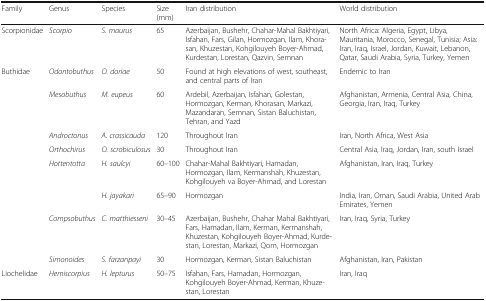
| Family | Genus | Species | Size (mm) | Iran distribution | World distribution |
 | --- | --- | --- | --- | --- | --- |
 | Scorpionidae | Scorpio | S. maurus | 65 | Azerbaijan, Bushehr, Chahar-Mahal Bakhtiyari, Isfahan, Fars, Gilan, Hormozgan, Ilam, Khorasan, Khuzestan, Kohgilouyeh Boyer-Ahmad, Kurdestan, Lorestan, Qazvin, Semnan | North Africa: Algeria, Egypt, Libya, Mauritania, Morocco, Senegal, Tunisia; Asia: Iran, Iraq, Israel, Jordan, Kuwait, Lebanon, Qatar, Saudi Arabia, Syria, Turkey, Yemen |
 | <ROWSPAN=8> Buthidae | Odontobuthus | O. doriae | 50 | Found at high elevations of west, southeast, and central parts of Iran | Endemic to Iran |
 | Mesobuthus | M. eupeus | 60 | Ardebil, Azerbaijan, Isfahan, Golestan, Hormozgan, Kerman, Khorasan, Markazi, Mazandaran, Semnan, Sistan Baluchistan, Tehran, and Yazd | Afghanistan, Armenia, Central Asia, China, Georgia, Iran, Iraq, Turkey |
 | Androctonus | A. crassicauda | 120 | Throughout Iran | Iran, North Africa, West Asia |
 | Orthochirus | O. scrobiculosus | 30 | Throughout Iran | Central Asia, Iraq, Jordan, Iran, south Israel |
 | <ROWSPAN=2> Hottentotta | H. saulcyi | 60–100 | Chahar-Mahal Bakhtiyari, Hamadan, Hormozgan, Ilam, Kermanshah, Khuzestan, Kohgilouyeh va Boyer-Ahmad, and Lorestan | Afghanistan, Iran, Iraq, Turkey |
 | H. jayakari | 65–90 | Hormozgan | India, Iran, Oman, Saudi Arabia, United Arab Emirates, Yemen |
 | Compsobuthus | C. matthiesseni | 30–45 | Azerbaijan, Bushehr, Chahar Mahal Bakhtiyari, Fars, Hamadan, Ilam, Kerman, Kermanshah, Khuzestan, Kohgilouyeh Boyer-Ahmad, Kurdestan, Lorestan, Markazi, Qom, Hormozgan | Iran, Iraq, Syria, Turkey |
 | Simonoides | S. farzanpayi | 30 | Hormozgan, Kerman, Sistan Baluchistan | Afghanistan, Iran, Pakistan |
 | Liochelidae | Hemiscorpius | H. lepturus | 50–75 | Isfahan, Fars, Hamadan, Hormozgan, Kohgilouyeh Boyer-Ahmad, Kerman, Khuzestan, Lorestan | Iran, Iraq |